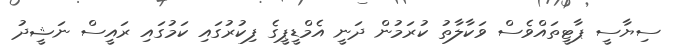
ސިޔާސީ ޕާޓީތައްވެސް ވަކާލާތު ކުރަމުން ދަނީ އެމްޑީޕީގެ ފިކުރުގައި ކަމުގައި ރައީސް ނަޝީދު